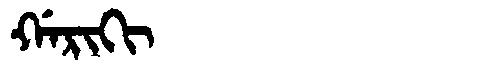
Manchu: ᡤᠠᡵᡳᡴᡳ
Romanization: GARIKI